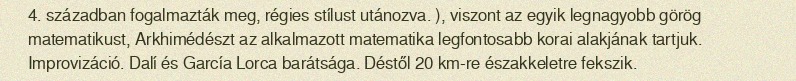
4. században fogalmazták meg, régies stílust utánozva. ), viszont az egyik legnagyobb görög matematikust, Arkhimédészt az alkalmazott matematika legfontosabb korai alakjának tartjuk. Improvizáció. Dalí és García Lorca barátsága. Déstől 20 km-re északkeletre fekszik.